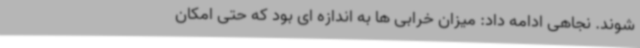
شوند. نجاهی ادامه داد: میزان خرابی ها به اندازه ای بود که حتی امکان